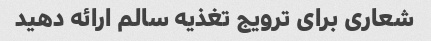
شعاری برای ترویج تغذیه سالم ارائه دهید